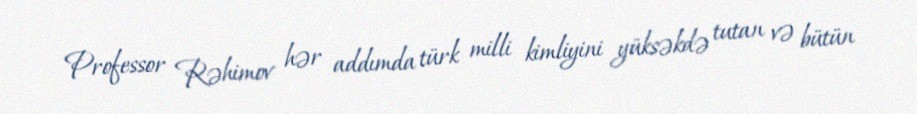
Professor Rəhimov hər addımda türk milli kimliyini yüksəkdə tutan və bütün